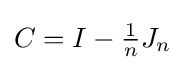
{\textstyle C=I-{\frac {1}{n}}J_{n}}